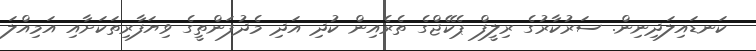
ކަނޑައިލަދިނިން. ސަރުކާރުގެ ރިލީފް ޕެކޭޖްގެ ތެރެއިން ކުދި އަދި މެދުފަންތީގެ ވިޔަފާރިތަކަށާއި އަމިއްލަ